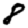
Digit: 8